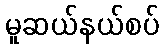
မူဆယ်နယ်စပ်